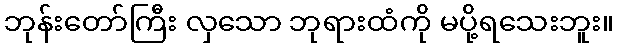
ဘုန်းတော်ကြီး လှသော ဘုရားထံကို မပို့ရသေးဘူး။